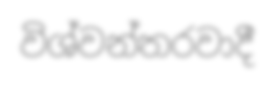
විශ්වන්තරවාදී